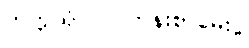
တက္ကသိုလ်ဝင်တန်းစာမေးပွဲ